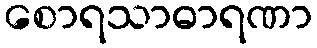
စောရသာဓာရဏာ